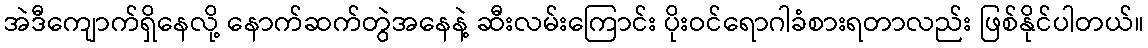
အဲဒီကျောက်ရှိနေလို့ နောက်ဆက်တွဲအနေနဲ့ ဆီးလမ်းကြောင်း ပိုးဝင်ရောဂါခံစားရတာလည်း ဖြစ်နိုင်ပါတယ်။